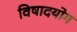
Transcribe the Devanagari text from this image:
विषादयोग